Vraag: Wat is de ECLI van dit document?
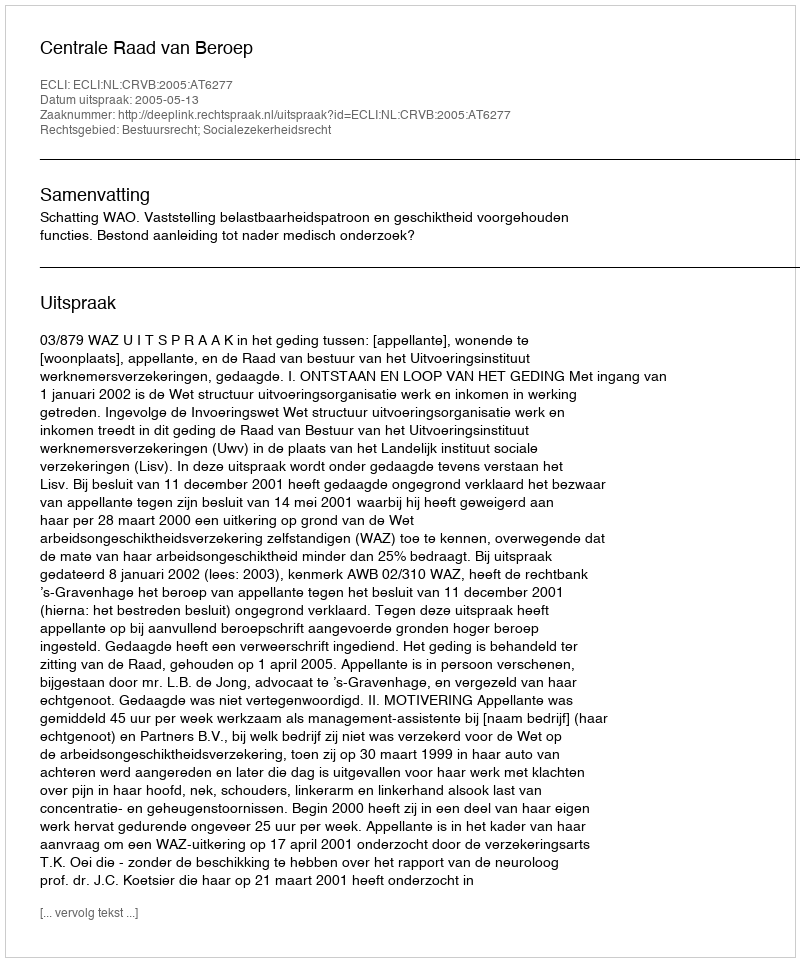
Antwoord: ECLI:NL:CRVB:2005:AT6277